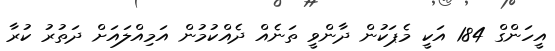
އީހަންގް 184 އަކީ މެޕަކުން ދާންވީ ތަނެއް ދެއްކުމުން އަމިއްލައަށް ދަތުރު ކުރާ